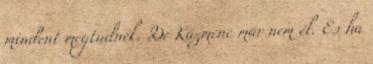
mindent megtudnék. De Kázmenc már nem él. És ha